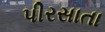
પીરસાતા